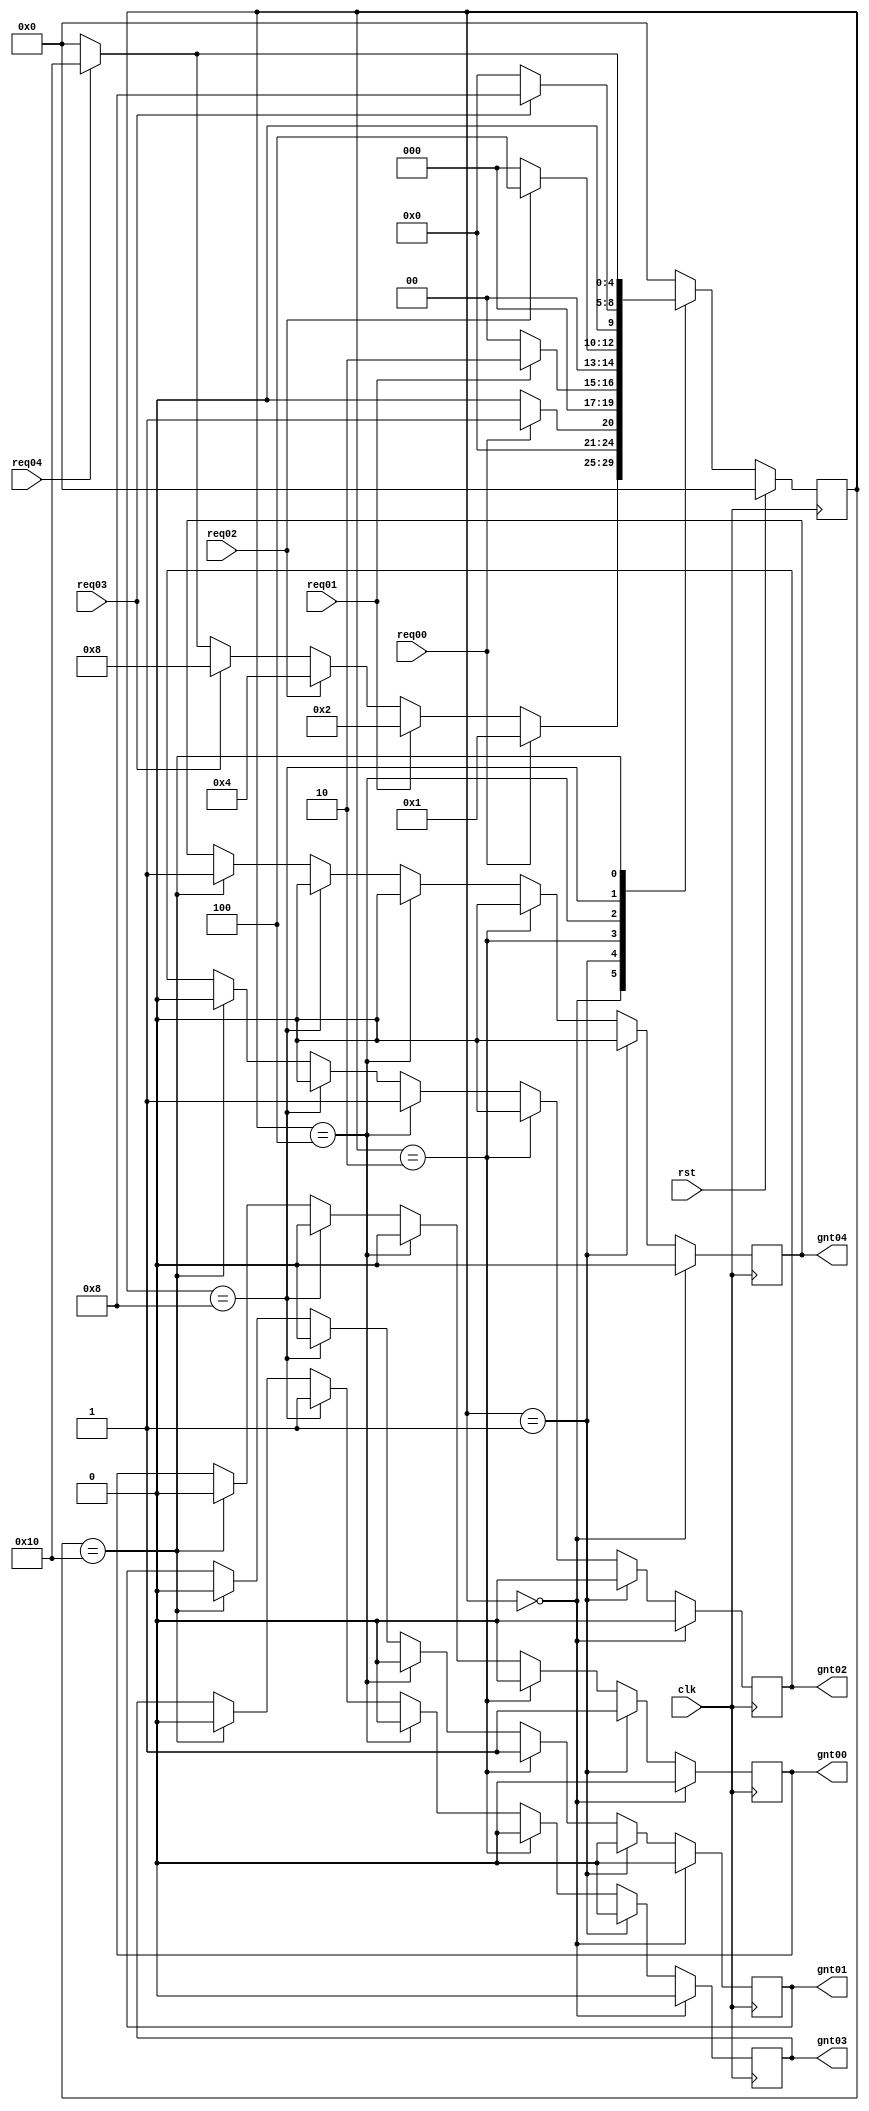
`timescale 1ns / 1ps
//////////////////////////////////////////////////////////////////////////////////
// Company: 
// Engineer: 
// 
// Design Name: 
// Module Name:    arbiter0 
// Project Name: 
// Target Devices: 
// Tool versions: 
// Description: 
//
// Dependencies: 
//
// Revision: 
// Revision 0.01 - File Created
// Additional Comments: 
//
//////////////////////////////////////////////////////////////////////////////////
module arbiter0(gnt04,gnt03,gnt02,gnt01,gnt00,req04,req03,req02,req01,req00,clk,rst);

   output reg gnt04,gnt03,gnt02,gnt01,gnt00;
   input      req04,req03,req02,req01,req00;
   input      clk,rst;

   parameter idle=5'b00000;
   parameter GNT4=5'b10000;
   parameter GNT3=5'b01000;
   parameter GNT2=5'b00100;
   parameter GNT1=5'b00010;
   parameter GNT0=5'b00001;
	
	

   reg [4:0]  state,next_state;

   always @ (posedge clk)
     begin
    if(rst)
      state=idle;
    else
      state=next_state;
     end

   always @ (state,req04,req03,req02,req01,req00)
     begin
    next_state=0;

    case (state)

      idle:begin

         if(req00)
           next_state=GNT0;
         else if(req01)
           next_state=GNT1;
         else if(req02)
           next_state=GNT2;
         else if(req03)
           next_state=GNT3;
			else if(req04)
           next_state=GNT4;
         else
           next_state=idle;
      end // case: idle

      GNT0:begin

         if(req00)
           next_state=GNT0;
         else
           next_state=idle;
      end

      GNT1:begin
         if(req01)
           next_state=GNT1;
         else
           next_state=idle;
      end

      GNT2:begin
         if(req02)
           next_state=GNT2;
         else
           next_state=idle;
      end

      GNT3:begin
         if(req03)
           next_state=GNT3;
         else
           next_state=idle;
      end
		
		 GNT4:begin
         if(req04)
           next_state=GNT4;
         else
           next_state=idle;
      end
		
    endcase // case (state)
     end // always @ (state,req3,req2,req1,req0)

//always @ (state)
always @ (posedge clk)
/*begin
if(rst) begin
gnt04=0;
      gnt03=0;
      gnt02=0;
      gnt01=0;
      gnt00=0;
		end
		else if(clk) */

  begin
     if(state==idle)
       begin
		gnt04=0;
      gnt03=0;
      gnt02=0;
      gnt01=0;
      gnt00=0;
       end
     else if(state==GNT0)
       begin
      gnt04=0;
		gnt03=0;
      gnt02=0;
      gnt01=0;
      gnt00=1;
		$display("value of grant %d", gnt00);
       end
     else if(state==GNT1)
       begin
      gnt04=0;
		gnt03=0;
      gnt02=0;
      gnt01=1;
      gnt00=0;
       end
     else if(state==GNT2)
       begin
      gnt04=0;
		gnt03=0;
      gnt02=1;
      gnt01=0;
      gnt00=0;
       end
     else if(state==GNT3)
       begin
      gnt04=0;
		gnt03=1;
      gnt02=0;
      gnt01=0;
      gnt00=0;
     end
	  else if(state==GNT4)
       begin
      gnt04=1;
		gnt03=0;
      gnt02=0;
      gnt01=0;
      gnt00=0;
     end
	  
  end // always @ (state)
//end


endmodule